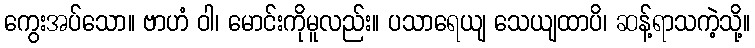
ကွေးအပ်သော။ ဗာဟံ ဝါ၊ မောင်းကိုမူလည်း။ ပသာရေယျ သေယျထာပိ၊ ဆန့်ရာသကဲ့သို့။